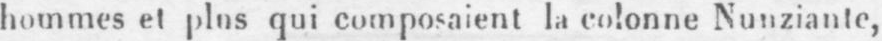
hommes et plus qui composaient la colonne Nunziante,